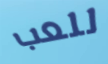
للعب